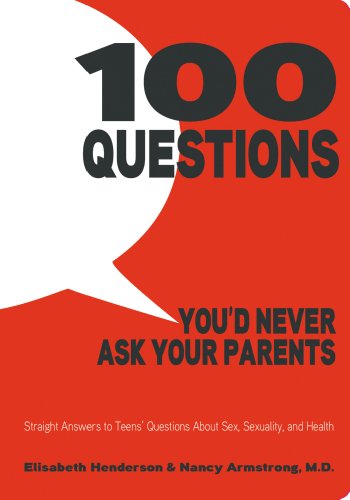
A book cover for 100 Questions You'd Never Ask Your Parents: Straight Answers to Teens' Questions About Sex, Sexuality, and Health; Elisabeth Henderson; Teen & Young Adult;